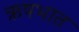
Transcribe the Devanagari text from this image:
ऋषभात